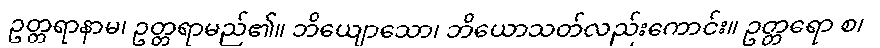
ဥတ္တရာနာမ၊ ဥတ္တရာမည်၏။ ဘိယျောသော၊ ဘိယောသတ်လည်းကောင်း။ ဥတ္တရော စ၊